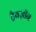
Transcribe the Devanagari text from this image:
ट्रैबज़ॉन